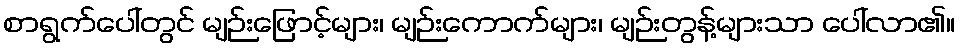
စာရွက်ပေါ်တွင် မျဉ်းဖြောင့်များ၊ မျဉ်းကောက်များ၊ မျဉ်းတွန့်များသာ ပေါ်လာ၏။